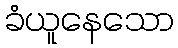
ခံယူနေသော